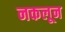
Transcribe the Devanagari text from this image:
नकलून